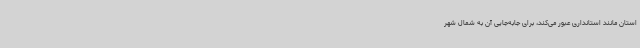
استان مانند استانداری عبور می‌کند، برای جابه‌جایی آن به شمال شهر